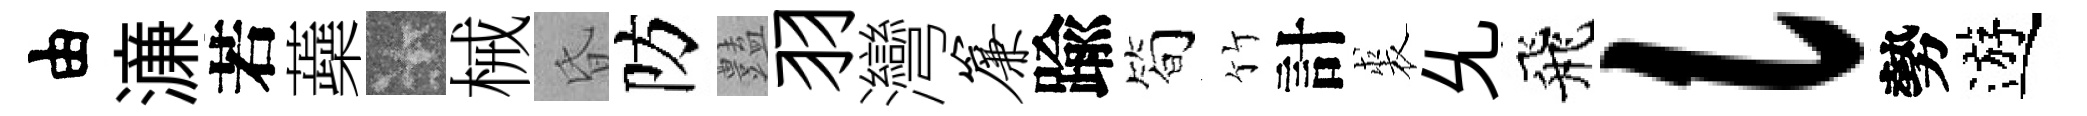
由濓若蘃卡械昏防𧰟羽灣帘踰简竹計裘𠃔飛l勢遊